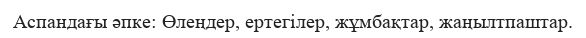
Аспандағы әпке: Өлеңдер, ертегілер, жұмбақтар, жаңылтпаштар.